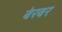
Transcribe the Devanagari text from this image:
बेरबर